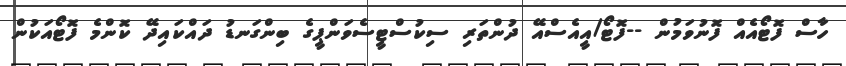
ހާސް ފޮޓޯއެއް ފޮނުވަމުން --ފޮޓޯ/އީއެސްއޭ ދުންތަރި ސިކުސްޓީސެވަންޕީގެ ބިންގަނޑު ދައްކައިދޭ ކޮންމެ ފޮޓޯއަކުން